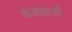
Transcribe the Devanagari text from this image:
केशकारों